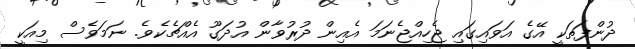
ދުންފަތަކީ އޭގެ އަވައިގައި ޖެހިއްޖެނަމަ އެއިން ދުރުވާން އުދަގޫ އެއްޗެކެވެ. ނަމަވެސް މިއަކީ